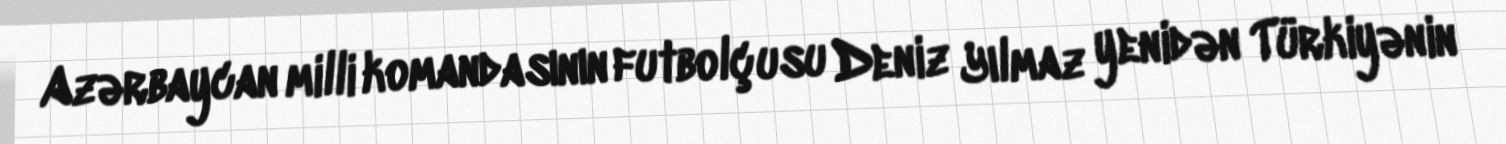
Azərbaycan milli komandasının futbolçusu Deniz Yılmaz yenidən Türkiyənin